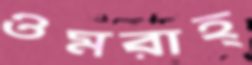
ওমরাহ্